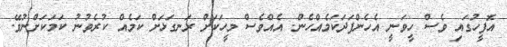
އޮފީހުގައި ވެސް ހީވަނީ އެހެންފަދަކަމެއްހެން. އެއްވެސް މީހަކަށް ރަނގަޅަށް ކަމެއް ކުރެވުނު ކަމަކަށްނުވޭ.